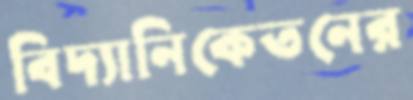
বিদ্যানিকেতনের